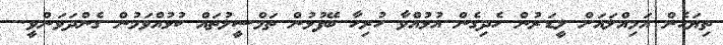
ތިޔަހެން އަމިއްލައަށް ލީޑަރުން ހެދިގެން އުޅުއްވާ ހުރިހާ ބޭފުޅުން ތަމްސީލުތައް ކުޅުއްވަމުން ގެންދަވަންވީ.